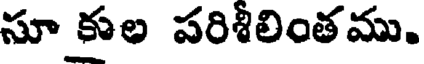
సూ కుల పరిశీలింతము.